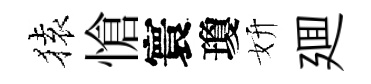
𫞤愴寰瓊妍廽